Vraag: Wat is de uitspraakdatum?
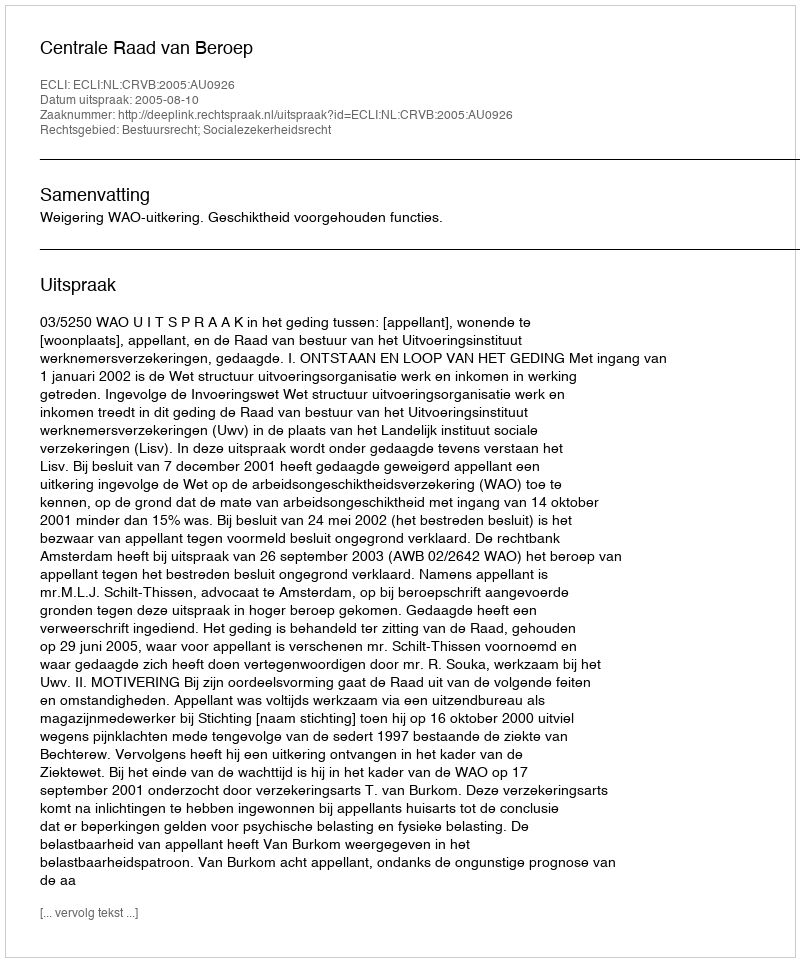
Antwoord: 2005-08-10